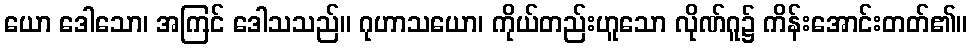
ယော ဒေါသော၊ အကြင် ဒေါသသည်။ ဂုဟာသယော၊ ကိုယ်တည်းဟူသော လိုဏ်ဂူ၌ ကိန်းအောင်းတတ်၏။